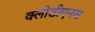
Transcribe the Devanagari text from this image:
क्लोडीएनस